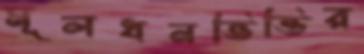
মূলধনভিত্তির